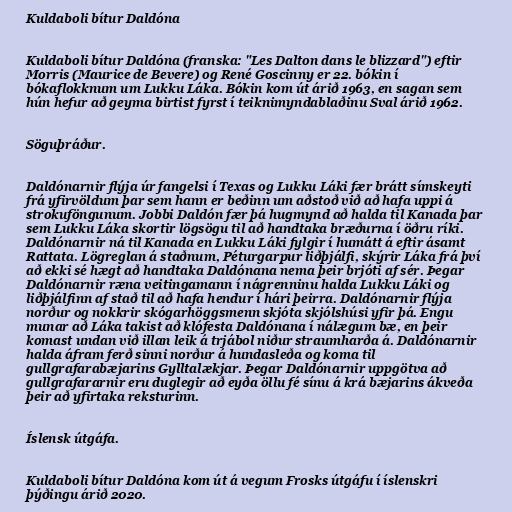
Kuldaboli bítur Daldóna

Kuldaboli bítur Daldóna (franska: "Les Dalton dans le blizzard") eftir
Morris (Maurice de Bevere) og René Goscinny er 22. bókin í
bókaflokknum um Lukku Láka. Bókin kom út árið 1963, en sagan sem
hún hefur að geyma birtist fyrst í teiknimyndablaðinu Sval árið 1962.

Söguþráður.

Daldónarnir flýja úr fangelsi í Texas og Lukku Láki fær brátt símskeyti
frá yfirvöldum þar sem hann er beðinn um aðstoð við að hafa uppi á
strokuföngunum. Jobbi Daldón fær þá hugmynd að halda til Kanada þar
sem Lukku Láka skortir lögsögu til að handtaka bræðurna í öðru ríki.
Daldónarnir ná til Kanada en Lukku Láki fylgir í humátt á eftir ásamt
Rattata. Lögreglan á staðnum, Péturgarpur liðþjálfi, skýrir Láka frá því
að ekki sé hægt að handtaka Daldónana nema þeir brjóti af sér. Þegar
Daldónarnir ræna veitingamann í nágrenninu halda Lukku Láki og
liðþjálfinn af stað til að hafa hendur í hári þeirra. Daldónarnir flýja
norður og nokkrir skógarhöggsmenn skjóta skjólshúsi yfir þá. Engu
munar að Láka takist að klófesta Daldónana í nálægum bæ, en þeir
komast undan við illan leik á trjábol niður straumharða á. Daldónarnir
halda áfram ferð sinni norður á hundasleða og koma til
gullgrafarabæjarins Gylltalækjar. Þegar Daldónarnir uppgötva að
gullgrafararnir eru duglegir að eyða öllu fé sínu á krá bæjarins ákveða
þeir að yfirtaka reksturinn.

Íslensk útgáfa.

Kuldaboli bítur Daldóna kom út á vegum Frosks útgáfu í íslenskri
þýðingu árið 2020.